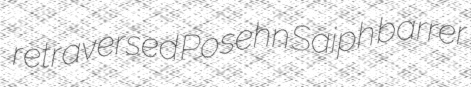
retraversed Posehn Saiph barrer